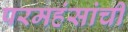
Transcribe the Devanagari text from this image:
परमहंसांची